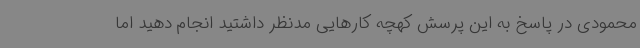
محمودی در پاسخ به این پرسش کهچه کارهایی مدنظر داشتید انجام دهید اما